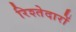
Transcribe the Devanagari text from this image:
रिश्‍तेदारों